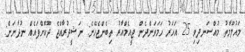
މައުލޫމާތު މުއްސަނދިވި 25 އަހަރު ހަމަވަންދެން ޖީއެމްއާރު ތިބެންޖެހޭނެ: ނަޝީދުރާއްޖެ ދޫކޮށްފައެއް ނުދާނަން: